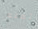
ثمله